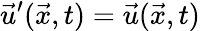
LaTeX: \vec{u}^{\prime}(\vec{x},t)=\vec{u}(\vec{x},t)